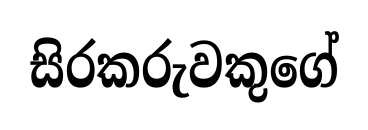
සිරකරුවකුගේ